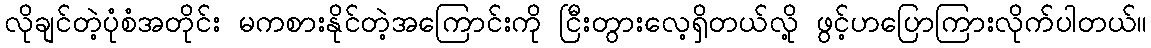
လိုချင်တဲ့ပုံစံအတိုင်း မကစားနိုင်တဲ့အကြောင်းကို ငြီးတွားလေ့ရှိတယ်လို့ ဖွင့်ဟပြောကြားလိုက်ပါတယ်။